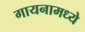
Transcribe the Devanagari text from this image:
गायनामध्ये